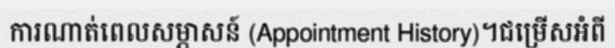
ការណាត់ពេលសម្ភាសន៍ (Appointment History)។ជម្រើសអំពី